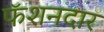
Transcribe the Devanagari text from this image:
फॅशनदार